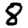
Digit: 8